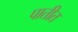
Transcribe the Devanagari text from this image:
पातीत